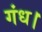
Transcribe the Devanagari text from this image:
गंध।